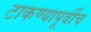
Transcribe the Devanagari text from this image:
टाकण्यापूर्वीच